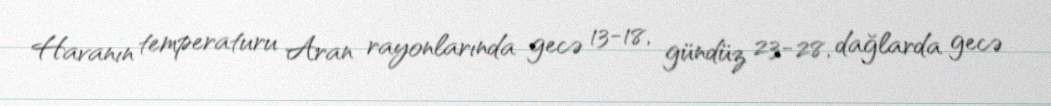
Havanın temperaturu Aran rayonlarında gecə 13-18, gündüz 23-28, dağlarda gecə